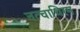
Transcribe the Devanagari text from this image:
नत्चाथिरम